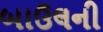
બાઉલની